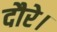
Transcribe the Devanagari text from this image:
दौरे।